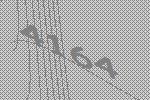
4164